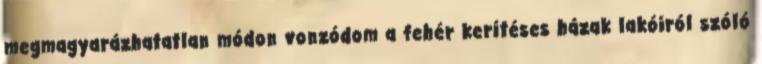
megmagyarázhatatlan módon vonzódom a fehér kerítéses házak lakóiról szóló